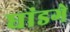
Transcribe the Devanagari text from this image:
घांडगे